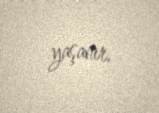
yaşanır.